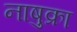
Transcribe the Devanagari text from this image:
नाषुक्रा